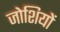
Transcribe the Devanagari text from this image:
जोशियों